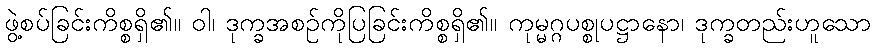
ဖွဲ့စပ်ခြင်းကိစ္စရှိ၏။ ဝါ၊ ဒုက္ခအစဉ်ကိုပြခြင်းကိစ္စရှိ၏။ ကုမ္မဂ္ဂပစ္စုပဋ္ဌာနော၊ ဒုက္ခတည်းဟူသော